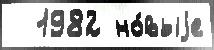
  1982 но́выjе